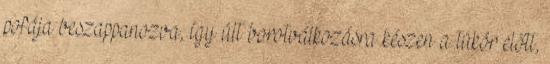
pofája beszappanozva, így ült borotválkozásra készen a tükör előtt,